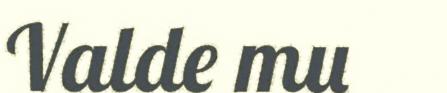
Valde mu